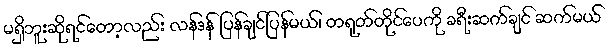
မရှိဘူးဆိုရင်တော့လည်း လန်ဒန် ပြန်ချင်ပြန်မယ်၊ တရုတ်တိုင်ပေကို ခရီးဆက်ချင် ဆက်မယ်